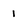
Character: 1